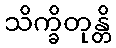
သိက္ခိတုန္တိ